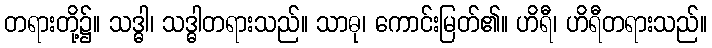
တရားတို့၌။ သဒ္ဓါ၊ သဒ္ဓါတရားသည်။ သာဓု၊ ကောင်းမြတ်၏။ ဟိရီ၊ ဟိရီတရားသည်။